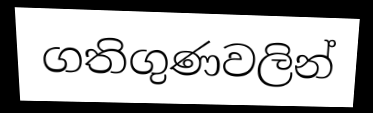
ගතිගුණවලින්